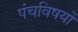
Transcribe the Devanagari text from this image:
पंचविषयों